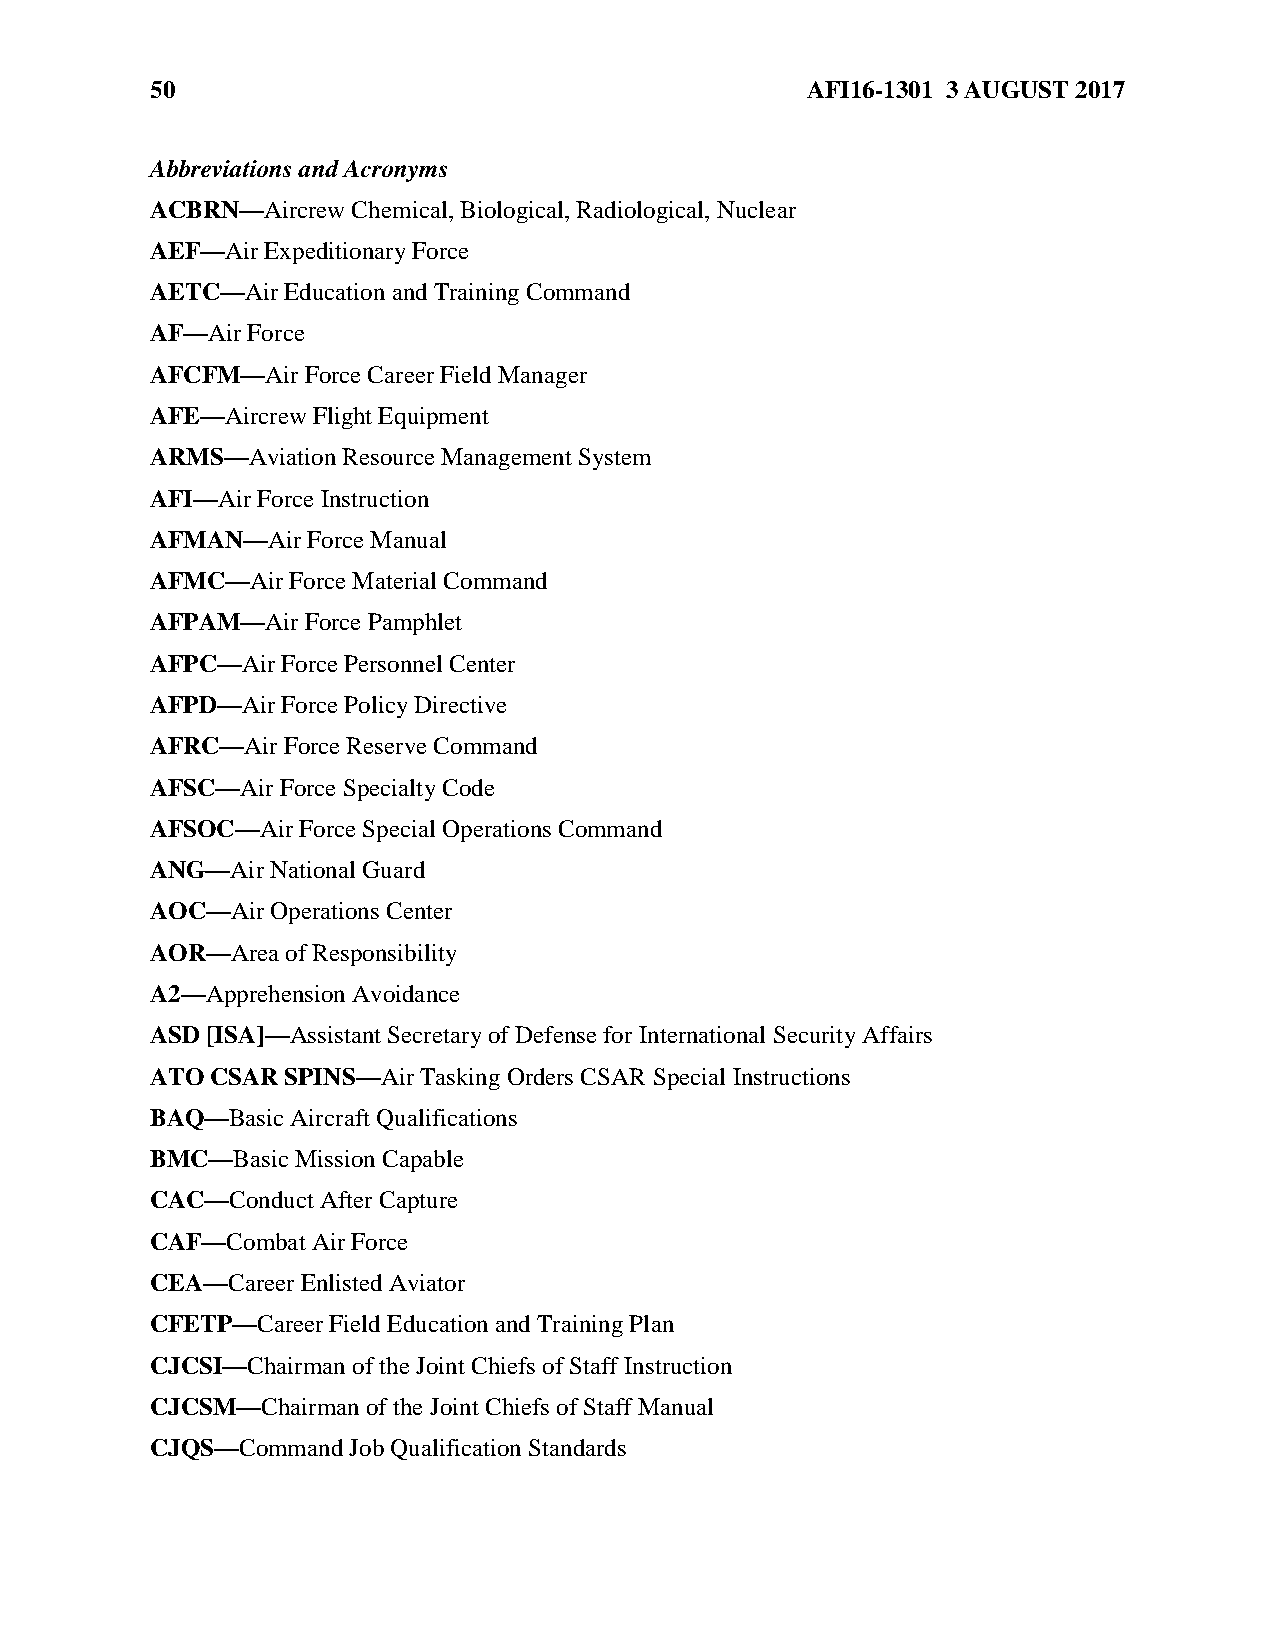
50                                         AFI16-1301 3 AUGUST 2017
 Abbreviations and Acronyms
 ACBRN—Aircrew Chemical, Biological, Radiological, Nuclear
 AEF—Air Expeditionary Force
 AETC—Air Education and Training Command
 AF—Air Force
 AFCFM—Air Force Career Field Manager
 AFE—Aircrew Flight Equipment
 ARMS—Aviation Resource Management System
 AFI—Air Force Instruction
 AFMAN—Air Force Manual
 AFMC—Air Force Material Command
 AFPAM—Air Force Pamphlet
 AFPC—Air Force Personnel Center
 AFPD—Air Force Policy Directive
 AFRC—Air Force Reserve Command
 AFSC—Air Force Specialty Code
 AFSOC—Air Force Special Operations Command
 ANG—Air National Guard
 AOC—Air Operations Center
 AOR—Area of Responsibility
 A2—Apprehension Avoidance
 ASD [ISA]—Assistant Secretary of Defense for International Security Affairs
 ATO CSAR SPINS—Air Tasking Orders CSAR Special Instructions
 BAQ—Basic Aircraft Qualifications
 BMC—Basic Mission Capable
 CAC—Conduct After Capture
 CAF—Combat Air Force
 CEA—Career Enlisted Aviator
 CFETP—Career Field Education and Training Plan
 CJCSI—Chairman of the Joint Chiefs of Staff Instruction
 CJCSM—Chairman of the Joint Chiefs of Staff Manual
 CJQS—Command Job Qualification Standards